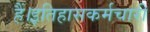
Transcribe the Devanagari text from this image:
हैं।इतिहासकर्मचारी